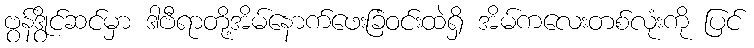
ဗွန်ဒွိုင်ဆင်မှာ ဒါဗီရာတို့အိမ်နောက်ဖေးခြံဝင်းထဲရှိ အိမ်ကလေးတစ်လုံးကို ပြင်